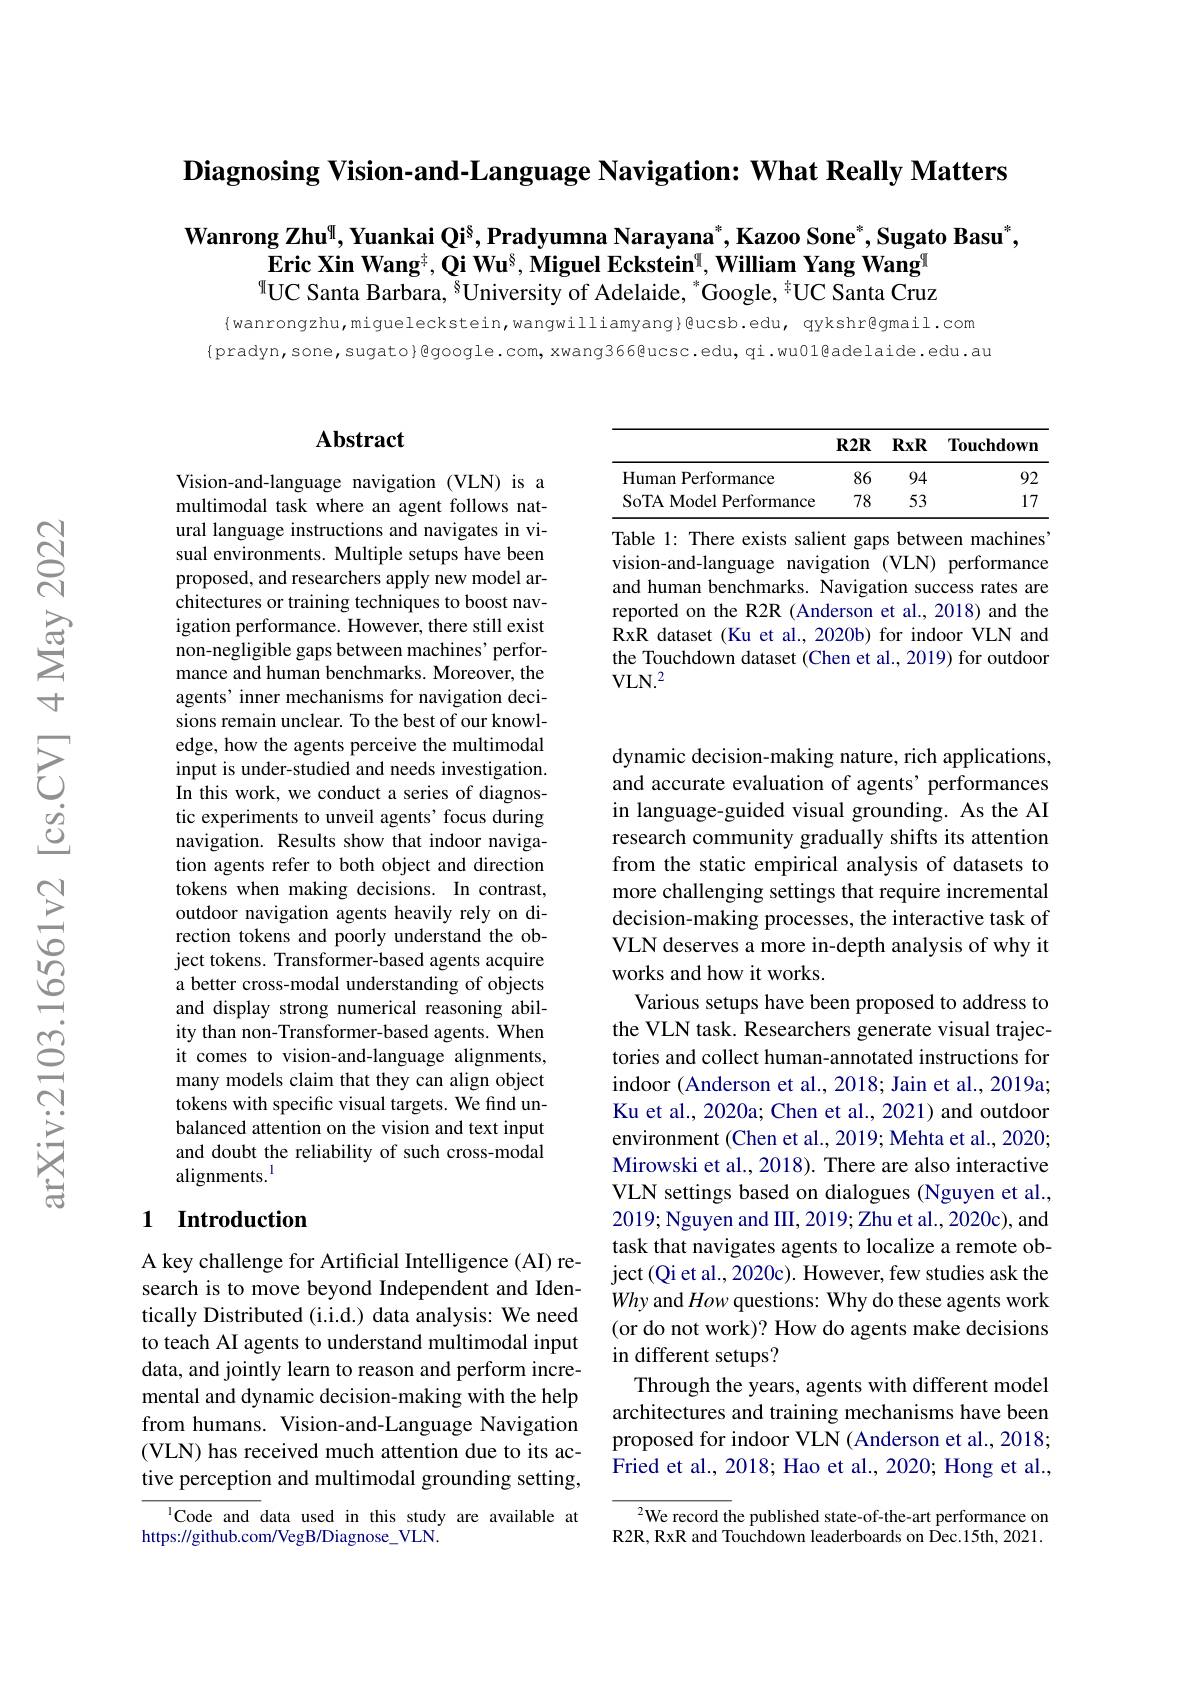
Diagnosing Vision-and-Language Navigation: What Really Matters

$\textbf{Wanrong Zhu}^{[\mathrm{q}]}$,Yuankai Qi$^8,\text{Pradyumna Narayana}^*,\text{Kazoo Sone}^*,\textbf{Sugato Basu}^*$,
Eric Xin Wang$^\frac{+}{4},\textbf{Qi Wu}^{8},\textbf{Miguel Eckstein}^{9},\textbf{William Yang Wang}^{9}$ $^{[\mathrm{q}]}$UC Santa Barbara, $^{8}$University of Adelaide, $^{*}$Google, $^{*}$UC Santa Cruz

{wanrongzhu,migueleckstein,wangwilliamyang}@ucsb.edu, qykshr@gmail.com {pradyn,sone,sugato}Qgoogle.com, xwang366@ucsc.edu, qi.wu01@adelaide.edu.au

## $\mathbf{Abstract}$

Vision-and-language navigation (VLN) is a multimodal task where an agent follows natural language instructions and navigates in visual environments. Multiple setups have been proposed, and researchers apply new model architectures or training techniques to boost navigation performance. However, there still exist non-negligible gaps between machines' performance and human benchmarks. Moreover, the agents’ inner mechanisms for navigation decisions remain unclear. To the best of our knowledge, how the agents perceive the multimodal input is under-studied and needs investigation. In this work, we conduct a series of diagnostic experiments to unveil agents' focus during navigation. Results show that indoor navigation agents refer to both object and direction tokens when making decisions. In contrast, outdoor navigation agents heavily rely on direction tokens and poorly understand the object tokens. Transformer-based agents acquire a better cross-modal understanding of objects and display strong numerical reasoning ability than non-Transformer-based agents. When it comes to vision-and-language alignments, many models claim that they can align object tokens with specific visual targets. We find unbalanced attention on the vision and text input and doubt the reliability of such cross-modal alignments.$^{\mathrm{l}}$

### 1 Introduction

A key challenge for Artificial Intelligence (AI) research is to move beyond Independent and Identically Distributed (i.i.d.) data analysis: We need to teach AI agents to understand multimodal input data, and jointly learn to reason and perform incremental and dynamic decision-making with the help from humans. Vision-and-Language Navigation (VLN) has received much attention due to its active perception and multimodal grounding setting,

lCode and data used in this study are available at
https://github.com/VegB/Diagnose_VLN.

R2R RxR Touchdown
<table>
	<tbody>
		<tr>
			<td>Human Performance</td>
			<td>86</td>
			<td>94</td>
			<td>92</td>
		</tr>
		<tr>
			<td>SoTA Model Performance</td>
			<td>78</td>
			<td>53</td>
			<td>17</td>
		</tr>
	</tbody>
</table>
Table 1: There exists salient gaps between machines'

vision-and-language navigation (VLN) performance and human benchmarks. Navigation success rates are reported on the R2R (Anderson et al.,2018) and the RxR dataset (Ku et al., 2020b) for indoor VLN and the Touchdown dataset (Chen et al., 2019) for outdoor $VLN.^2$

dynamic decision-making nature, rich applications and accurate evaluation of agents' performances in language-guided visual grounding. As the AI research community gradually shifts its attention from the static empirical analysis of datasets to more challenging settings that require incremental decision-making processes, the interactive task of VLN deserves a more in-depth analysis of why it works and how it works.
Various setups have been proposed to address to the VLN task. Researchers generate visual trajectories and collect human-annotated instructions for indoor (Anderson et al., 2018; Jain et al., 2019a; Ku et al., 2020a; Chen et al., 2021) and outdoor environment (Chen et al., 2019; Mehta et al., 2020; Mirowski et al., 2018). There are also interactive VLN settings based on dialogues (Nguyen et al., 2019; Nguyen and III, 2019; Zhu et al., 2020c), and task that navigates agents to localize a remote object (Qi et al., 2020c). However, few studies ask the Why and How questions: Why do these agents work (or do not work)? How do agents make decisions in different setups?
Through the years, agents with different model architectures and training mechanisms have been proposed for indoor VLN (Anderson et al., 2018; Fried et al., 2018; Hao et al., 2020; Hong et al.,
${^{2}\text{We record the published state-of-the-art performance on}}$

R2R, RxR and Touchdown leaderboards on Dec.15th, 2021.